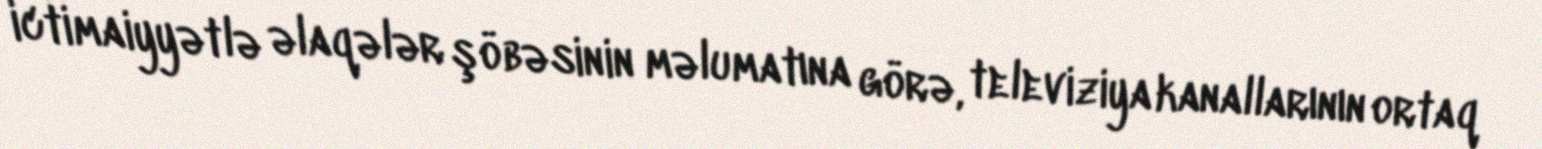
ictimaiyyətlə əlaqələr şöbəsinin məlumatına görə, televiziya kanallarının ortaq